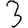
Digit: 3